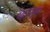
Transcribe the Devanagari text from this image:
थानम